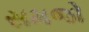
સમજો